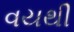
વયથી